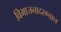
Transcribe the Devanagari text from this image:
विभाजनादरम्यान